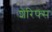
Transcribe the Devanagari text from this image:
शेरिफ्स